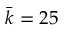
\bar { k } = 2 5